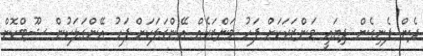
ދެން ފެނިގެން ދިޔައީ މަންޒަރަކަށް ފަހު މަންޒަރެއް އޭންގަލަކަށް ފަހު އޭންގަލަކުން ޝޫޓްކޮށް